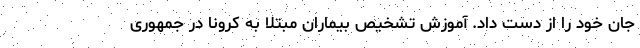
جان خود را از دست داد. آموزش تشخیص بیماران مبتلا به کرونا در جمهوری